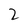
Character: 2